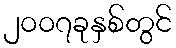
၂၀၀၇ခုနှစ်တွင်